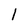
Character: 1